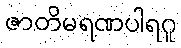
ဇာတိမရဏပါရဂူ